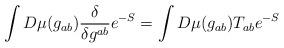
LaTeX: \begin{align*}\int D\mu (g_{ab})\frac{\delta }{\delta g^{ab}}e^{-S}=\int D\mu(g_{ab})T_{ab}e^{-S}\end{align*}